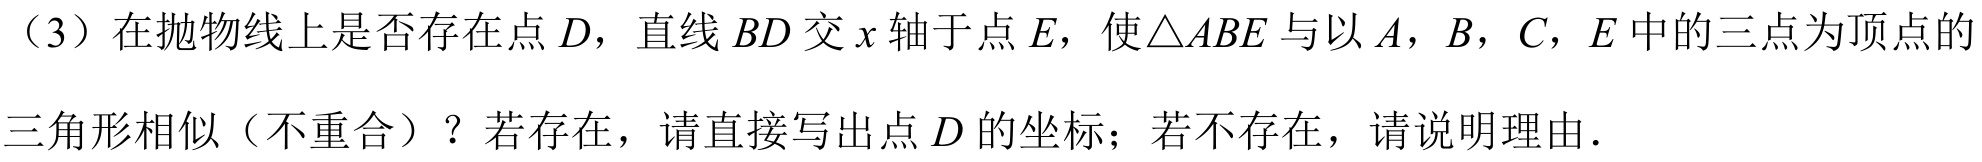
（3）在抛物线上是否存在点\(D\)，直线\(BD\)交\(x\)轴于点\(E\)，使\(\triangle ABE\)与以\(A\)，\(B\)，\(C\)，\(E\)中的三点为顶点的
三角形相似（不重合）？若存在，请直接写出点\(D\)的坐标；若不存在，请说明理由.